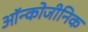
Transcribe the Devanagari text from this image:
ऑन्कोजीनिक